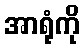
အာရုံကို